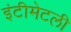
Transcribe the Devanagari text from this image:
इंटीमेटली